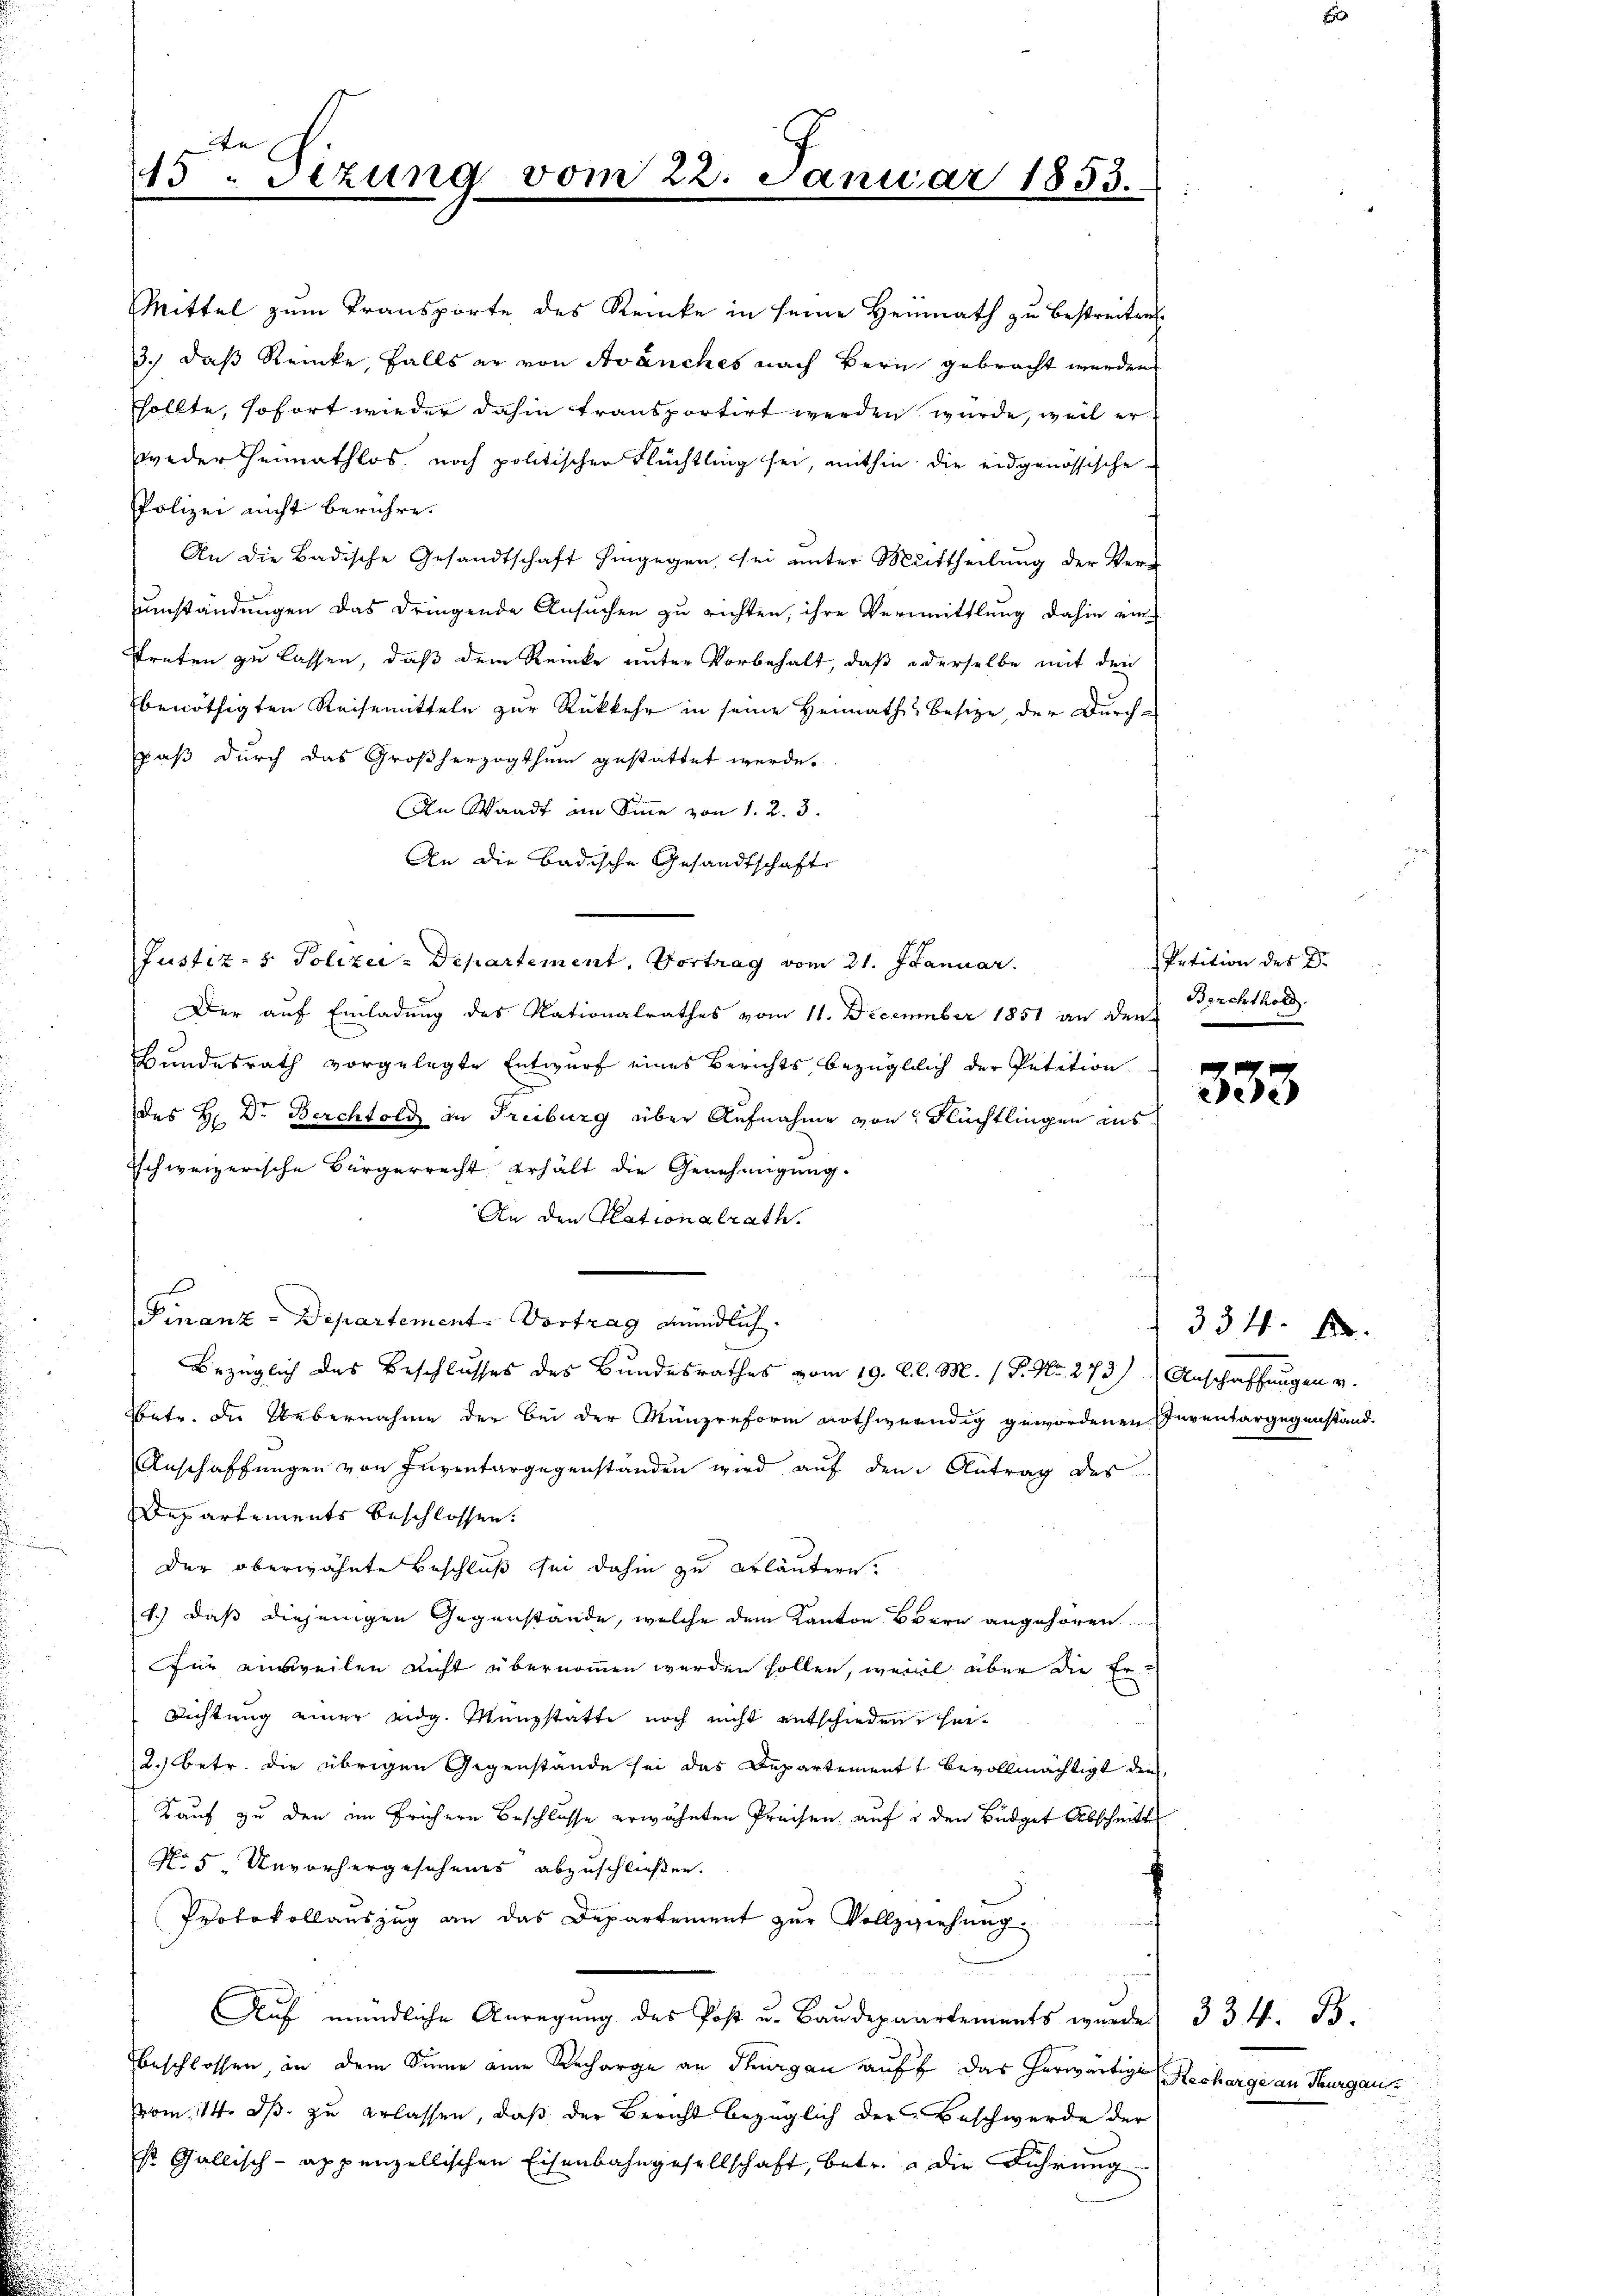
de
15. Dezung vom 22. Januar 1853.

Mittel zum Transporte des Renke in seine Heimath zu bestreiten¬
3.) daß Reinke, falls er von Avanches nach Bern gebracht werden
sollte, sofort wieder dahin transportirt werden wurde, weil er
weder Heimathlos, noch politischer Flüchtling sei, mithin die eidgenössische
Polizei nicht berühre.
An die Badische Gesandtschaft hingegen sei unter Mittheilung der Verumständungen das dringende Ansuchen zu richten, ihre Vermittlung dahin einstreten zu lassen, daß dem Renke unter Vorbehalt, daß oderselbe mit den
benöthigten Reisemitteln zur Rückkehr in seine Heimaths besitze, der Durch¬
Daß durch das Großherzogthum gestattet werde.
An Waadt im Sine von 1. 2. 3.
An die Badische Gesandtschaft
Justiz- & Polizei-Departement. Vortrag vom 21. Januar
Der auf Einladung des Nationalrathes vom 11. December 1851 an den Brechthold
Bundesrath vorgelegte Entwurf eines Berichts bezüglich der Petition
des H. Dr Berchtold in Freiburg über Aufnahme von Flüchtlingen aus
Tschweizerische Bürgerrecht erhält die Genehmigung.
An den Plationalrath.
Finanz-Departement. Vortrag mündlich.
Bezüglich des Beschlusses des Bundesrathes vom 19. d. d. M. 1 P. Nr. 273) Anschaffungen v.
Wete. Die Uebernahme der bei der Münzreform nothwendig gewordenen Inventargegenständ-
Anschaffungen von Inventargegenstanden wird auf den Antrag des
Departements beschlossen:
Der oberwähnte Beschluß sei dahin zu erläutern.
1.) daß diejenigen Gegenstände, welche dem Kanton Bern angehören
für ausweilen nicht übernommen werden sollen, weil über die Er¬
Richtung einer eidg. Münzstatte noch nicht entschiedenhae¬
2.) betr. die übrigen Gegenstände sei das Departement bevollmächtigt den
Kauf zu den im frühern Beschlusse erwähnten Preisen auf den Büdget Abschnitt
No 5. Unvorhergesehenes abzuschließen.
Protokollauszug an das Departement zur Vollziehung
Auf mündliche Anregung des Post u. Baudepaartements wurde 334. B.
beschlossen, in dem Sinne eine Recharge an Thurgau auff das herwärtige Recharge an Thurgau
vom 14. ds. zu erlassen, daß der Bericht bezüglich der Beschwerde der
s Gallisch-Appenzellischen Eisenbahngesellschaft, betr. die Führung

Petition des Dr.

333

334 f.